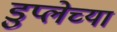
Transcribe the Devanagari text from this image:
डुप्लेच्या